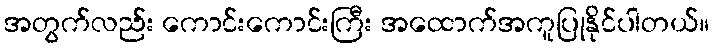
အတွက်လည်း ကောင်းကောင်းကြီး အထောက်အကူပြုနိုင်ပါတယ်။